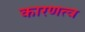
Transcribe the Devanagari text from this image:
कारणत्व